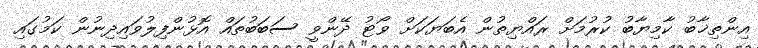
އިންތިޚާބު ކާމިޔާބު ކުރުމަށް ރައްޔިތުން އެބަޔަކަށް ވޯޓު ދޭންވީ ސަބަބުތައް އޮޅުންފިލުވައިދިނުން ކަމުގައި